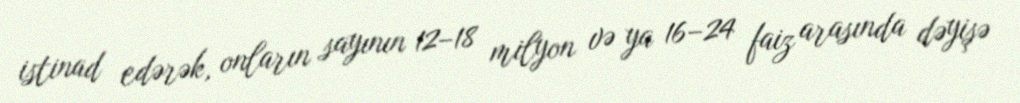
istinad edərək, onların sayının 12–18 milyon və ya 16–24 faiz arasında dəyişə